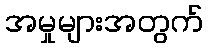
အမှုများအတွက်